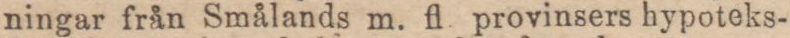
ningar från Smålands m. fl provinsers hypoteks-